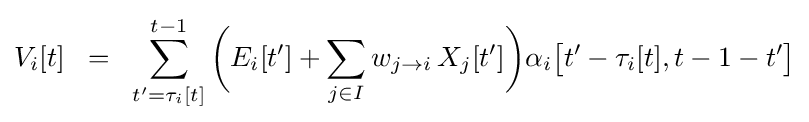
V_{i}[t]\;\;=\;\;\sum _{t'=\tau _{i}[t]}^{t-1}{\biggl (}E_{i}[t']+\sum _{j\in I}w_{j\rightarrow i}\,X_{j}[t']{\biggr )}\alpha _{i}{\bigl [}t'-\tau _{i}[t],t-1-t'{\bigr ]}